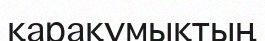
қарақұмықтың